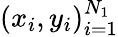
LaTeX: (x_{i},y_{i})_{i=1}^{N_{1}}